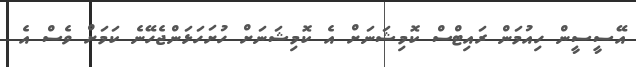
އޭސީސީން ހިއުމަން ރައިޓްސް ކޮމިޝަނަށް އެ ކޮމިޝަނަށް ހުށަހަޅަންޖެހޭނެ ކަމަށް ވެސް އެ